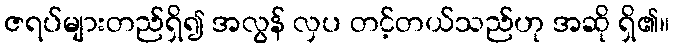
ဇရပ်များတည်ရှိ၍ အလွန် လှပ တင့်တယ်သည်ဟု အဆို ရှိ၏။